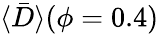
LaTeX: \langle\bar{D}\rangle(\phi=0.4)